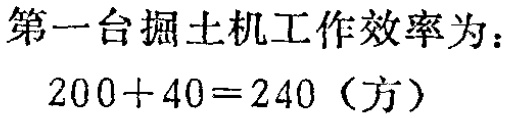
第一台掘土机工作效率为：
\(200 + 40 = 240\)（方）